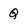
Character: Q